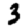
Digit: 3